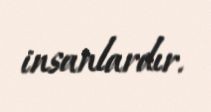
insanlardır.